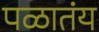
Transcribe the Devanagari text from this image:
पळातंय